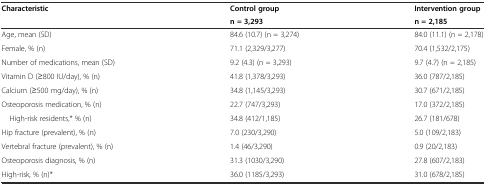
<table><thead><tr><td rowspan="2"><b>Characteristic</b></td><td><b>Control group</b></td><td><b>Intervention group</b></td></tr><tr><td><b>n = 3,293</b></td><td><b>n = 2,185</b></td></tr></thead><tbody><tr><td>Age, mean (SD)</td><td>84.6 (10.7) (n = 3,274)</td><td>84.0 (11.1) (n = 2,178)</td></tr><tr><td>Female, % (n)</td><td>71.1 (2,329/3,277)</td><td>70.4 (1,532/2,175)</td></tr><tr><td>Number of medications, mean (SD)</td><td>9.2 (4.3) (n = 3,293)</td><td>9.7 (4.7) (n = 2,185)</td></tr><tr><td>Vitamin D (≥800 IU/day), % (n)</td><td>41.8 (1,378/3,293)</td><td>36.0 (787/2,185)</td></tr><tr><td>Calcium (≥500 mg/day), % (n)</td><td>34.8 (1,145/3,293)</td><td>30.7 (671/2,185)</td></tr><tr><td>Osteoporosis medication, % (n)</td><td>22.7 (747/3,293)</td><td>17.0 (372/2,185)</td></tr><tr><td> High-risk residents,* % (n)</td><td>34.8 (412/1,185)</td><td>26.7 (181/678)</td></tr><tr><td>Hip fracture (prevalent), % (n)</td><td>7.0 (230/3,290)</td><td>5.0 (109/2,183)</td></tr><tr><td>Vertebral fracture (prevalent), % (n)</td><td>1.4 (46/3,290)</td><td>0.9 (20/2,183)</td></tr><tr><td>Osteoporosis diagnosis, % (n)</td><td>31.3 (1030/3,290)</td><td>27.8 (607/2,183)</td></tr><tr><td>High-risk, % (n)*</td><td>36.0 (1185/3,293)</td><td>31.0 (678/2,185)</td></tr></tbody></table>